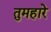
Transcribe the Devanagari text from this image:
तुमहारे